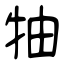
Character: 牰